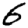
Digit: 6